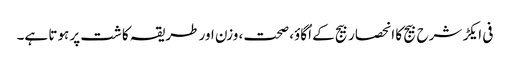
فی ایکڑ شرح بیج کا انحصار بیج کے اُگاوٴ، صحت، وزن اور طریقہ کاشت پر ہوتا ہے۔